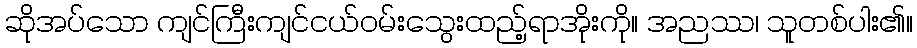
ဆိုအပ်သော ကျင်ကြီးကျင်ငယ်ဝမ်းသွေးထည့်ရာအိုးကို။ အညဿ၊ သူတစ်ပါး၏။